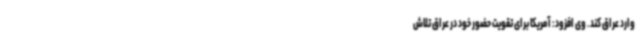
وارد عراق کند. وی افزود: آمریکا برای تقویت حضور خود در عراق تلاش